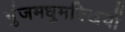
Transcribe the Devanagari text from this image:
गुंजमधुमक्खियों